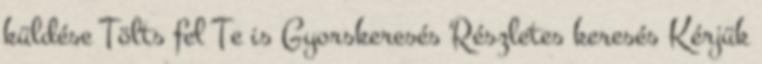
küldése Tölts fel Te is Gyorskeresés Részletes keresés Kérjük